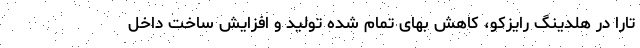
تارا در هلدینگ رایزکو، کاهش بهای تمام شده تولید و افزایش ساخت داخل